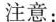
注意：